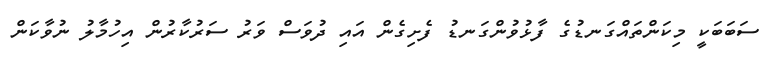
ސަބަބަކީ މިކަންތައްގަނޑުގެ ފާޅުވުންގަނޑު ފެށިގެން އައި ދުވަސް ވަރު ސަރުކާރުން އިހުމާލު ނުވާކަން